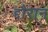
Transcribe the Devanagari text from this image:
द्दौरान